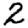
Digit: 2